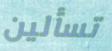
تسألين